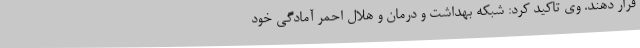
قرار دهند. وی تاکید کرد: شبکه بهداشت و درمان و هلال احمر آمادگی خود